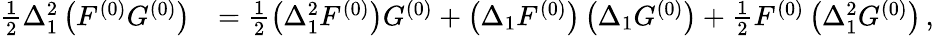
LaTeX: \begin{array}{rl}{\frac 12\Delta_{1}^{2}\left(F^{(0)}G^{(0)}\right)}&{=\frac 12\left(\Delta_{1}^{2}F^{(0)}\right)G^{(0)}+\left(\Delta_{1}F^{(0)}\right)\left(\Delta_{1}G^{(0)}\right)+\frac 12F^{(0)}\left(\Delta_{1}^{2}G^{(0)}\right)\, ,}\end{array}